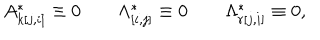
A _ { k [ j , i ] } ^ { * } \equiv 0 \qquad \Lambda _ { [ i , j ] } ^ { * } \equiv 0 \qquad \Lambda _ { r [ j , i ] } ^ { * } \equiv 0 ,